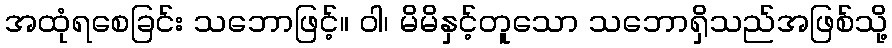
အထုံရစေခြင်း သဘောဖြင့်။ ဝါ၊ မိမိနှင့်တူသော သဘောရှိသည်အဖြစ်သို့